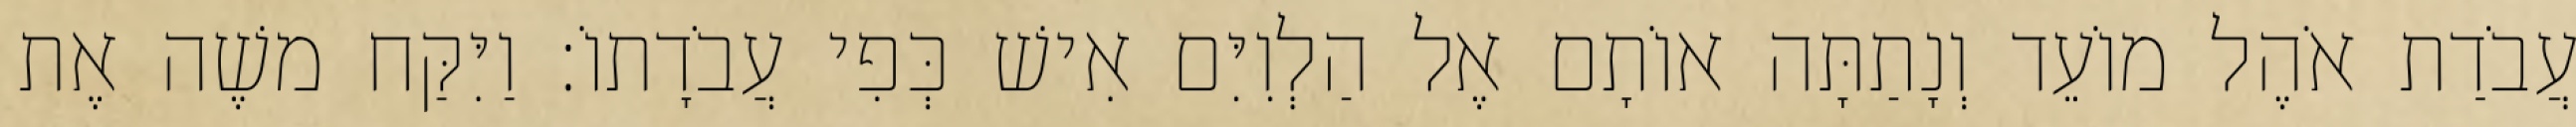
עֲבֹדַת אֹהֶל מוֹעֵד וְנָתַתָּה אוֹתָם אֶל הַלְוִיִּם אִישׁ כְּפִי עֲבֹדָתוֹ׃ וַיִּקַּח משֶׁה אֶת